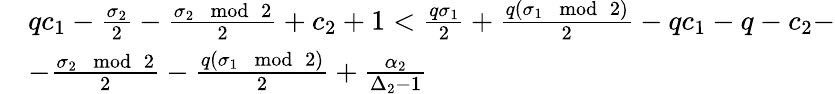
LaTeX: \begin{array}{rl}&{qc_{1}-\frac{\sigma_{2}}{2}-\frac{\sigma_{2}\mod 2}{2}+c_{2}+1<\frac{q\sigma_{1}}{2}+\frac{q(\sigma_{1}\mod 2)}{2}-qc_{1}-q-c_{2}-}\\ &{-\frac{\sigma_{2}\mod 2}{2}-\frac{q(\sigma_{1}\mod 2)}{2}+\frac{\alpha_{2}}{\Delta_{2}-1}}\end{array}